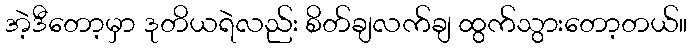
အဲ့ဒီတော့မှာ ဒုတိယရဲလည်း စိတ်ချလက်ချ ထွက်သွားတော့တယ်။